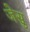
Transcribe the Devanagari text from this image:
जेसु